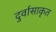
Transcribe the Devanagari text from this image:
दुर्वासाकृत